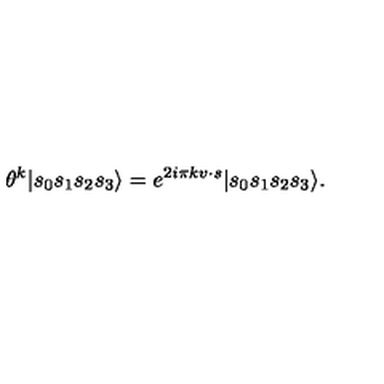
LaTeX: \theta ^ { k } | s _ { 0 } s _ { 1 } s _ { 2 } s _ { 3 } \rangle = e ^ { 2 i \pi k v \cdot s } | s _ { 0 } s _ { 1 } s _ { 2 } s _ { 3 } \rangle .